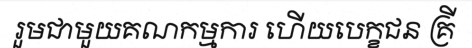
រួមជាមួយគណកម្មការ ហើយបេក្ខជន គ្រី